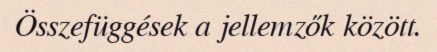
Összefüggések a jellemzők között.